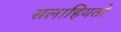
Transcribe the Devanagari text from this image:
सलाहियतों